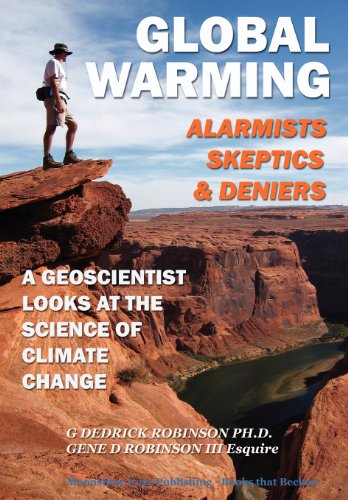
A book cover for Global Warming-Alarmists, Skeptics and Deniers: A Geoscientist Looks at the Science of Climate Change; G. Dedrick Robinson; Science & Math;